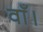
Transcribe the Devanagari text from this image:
वाँ।